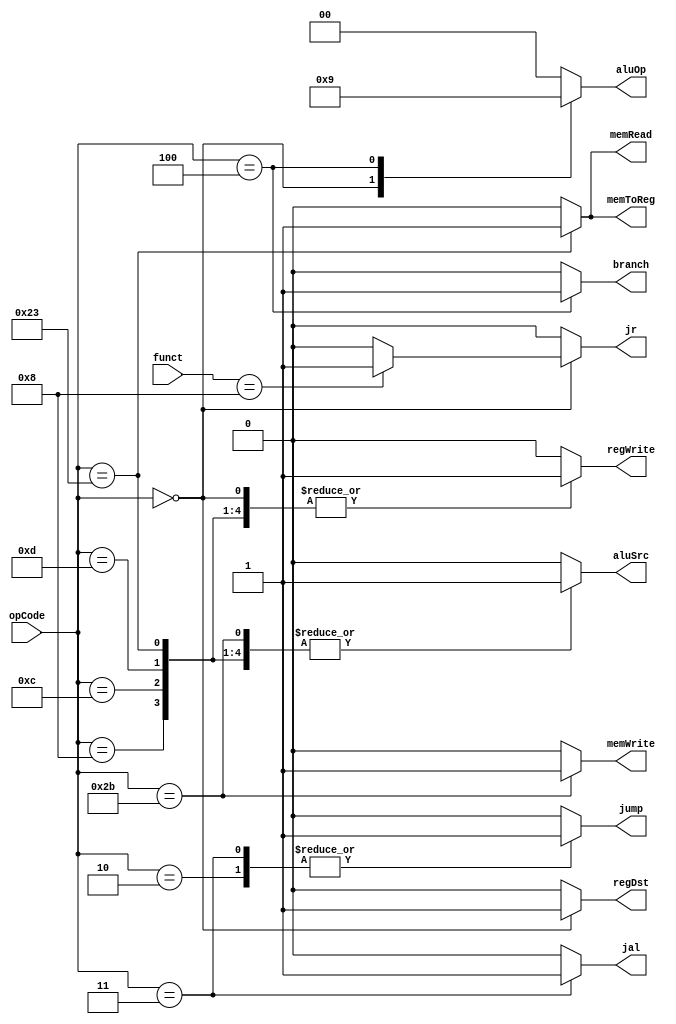
`timescale 1ns / 1ps
//////////////////////////////////////////////////////////////////////////////////
// Company: 
// Engineer: 
// 
// Design Name: 
// Module Name: Ctr
// Project Name: 
// Target Devices: 
// Tool Versions: 
// Description: 
// 
// Dependencies: 
// 
// Revision:
// Revision 0.01 - File Created
// Additional Comments:
// 
//////////////////////////////////////////////////////////////////////////////////


module Ctr(
    input [5:0] opCode,
    input [5:0] funct,
    output regDst,
    output aluSrc,
    output memToReg,
    output regWrite,
    output memRead,
    output memWrite,
    output branch,
    output [1:0] aluOp,
    output jump,
    output jr,
    output jal
    );
    
    reg RegDst;
    reg ALUSrc;
    reg MemToReg;
    reg RegWrite;
    reg MemRead;
    reg MemWrite;
    reg Branch;
    reg [1:0] ALUOp;
    reg Jump;
    reg Jr;
    reg Jal;
    
    always @(opCode or funct)
    begin
        Jal = 0;
        case(opCode)
        6'b000000: //R type
        begin
            RegDst = 1;
            ALUSrc = 0;
            MemToReg = 0;
            RegWrite = 1;
            MemRead = 0;
            MemWrite = 0;
            Branch = 0;
            ALUOp = 2'b10;
            Jump = 0;
            //$display("R-type");
            if(funct==6'b001000) begin
                Jr = 1;
                //$display("JRJRJRJRJR");
                end
            else
                Jr = 0;            
        end
        
        //I-type
        6'b001000: //addi        
        begin
            RegDst = 0;
            ALUSrc = 1;
            MemToReg = 0;
            RegWrite = 1;
            MemRead = 0;
            MemWrite = 0;
            Branch = 0;
            ALUOp = 2'b00;
            Jump = 0;
            Jr = 0;
            $display("addi\n");
        end     
        
        6'b001100: //andi
        begin
            RegDst = 0;
            ALUSrc = 1;
            MemToReg = 0;
            RegWrite = 1;
            MemRead = 0;
            MemWrite = 0;
            Branch = 0;
            ALUOp = 2'b00;
            Jump = 0;
            Jr = 0;
            $display("andi\n");
        end    
        
        6'b001101: //ori
        begin
            RegDst = 0;
            ALUSrc = 1;
            MemToReg = 0;
            RegWrite = 1;
            MemRead = 0;
            MemWrite = 0;
            Branch = 0;
            ALUOp = 2'b00;
            Jump = 0;
            Jr = 0;
            $display("ori\n");
        end
        
        6'b100011: //lw
        begin
            RegDst = 0;
            ALUSrc = 1;
            MemToReg = 1;
            RegWrite = 1;
            MemRead = 1;
            MemWrite = 0;
            Branch = 0;
            ALUOp = 2'b00;
            Jump = 0;
            Jr = 0;
            $display("lw");
        end
        
        6'b101011: //sw
        begin
            RegDst = 0;
            ALUSrc = 1;
            MemToReg = 0;
            RegWrite = 0;
            MemRead = 0;
            MemWrite = 1;
            Branch = 0;
            ALUOp = 2'b00;
            Jump = 0;
            Jr = 0;
            $display("sw");
        end
        
        6'b000100: //beq
        begin
            RegDst = 0;
            ALUSrc = 0;
            MemToReg = 0;
            RegWrite = 0;
            MemRead = 0;
            MemWrite = 0;
            Branch = 1;
            ALUOp = 2'b01;
            Jump = 0;
            Jr = 0;
            $display("beq");
        end
        
        6'b000010: //jump
        begin
            RegDst = 0;
            ALUSrc = 0;
            MemToReg = 0;
            RegWrite = 0;
            MemRead = 0;
            MemWrite = 0;
            Branch = 0;
            ALUOp = 2'b00;
            Jump = 1;
            Jr = 0;
            //$display("jump");
        end
        6'b000011: //jal
        begin
            RegDst = 0;
            ALUSrc = 0;
            MemToReg = 0;
            RegWrite = 0;
            MemRead = 0;
            MemWrite = 0;
            Branch = 0;
            ALUOp = 2'b00;
            Jump = 1;
            Jr = 0;
            Jal = 1;
            //$display("jump");
        end
        
        default:
        begin
            RegDst = 0;
            ALUSrc = 0;
            MemToReg = 0;
            RegWrite = 0;
            MemRead = 0;
            MemWrite = 0;
            Branch = 0;
            ALUOp = 2'b00;
            Jump = 0;
            Jr = 0;
            Jal = 0;
        end
    endcase
    end
    assign regDst = RegDst;
    assign aluSrc = ALUSrc;
    assign memToReg = MemToReg;
    assign regWrite = RegWrite;
    assign memRead = MemRead;
    assign memWrite = MemWrite;
    assign branch = Branch;
    assign aluOp = ALUOp;
    assign jump = Jump;
    assign jr = Jr;
    assign jal = Jal;
endmodule